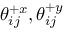
\mathcal { \theta } _ { i j } ^ { + x } , \mathcal { \theta } _ { i j } ^ { + y }